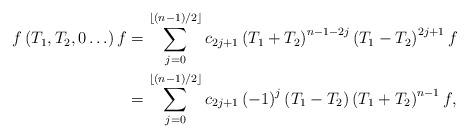
LaTeX: \begin{align*}f\left( T_{1},T_{2},0\ldots\right) f & =\sum_{j=0}^{\left\lfloor \left(n-1\right) /2\right\rfloor }c_{2j+1}\left( T_{1}+T_{2}\right)^{n-1-2j}\left( T_{1}-T_{2}\right) ^{2j+1}f\\& =\sum_{j=0}^{\left\lfloor \left( n-1\right) /2\right\rfloor }c_{2j+1}\left( -1\right) ^{j}\left( T_{1}-T_{2}\right) \left( T_{1}+T_{2}\right) ^{n-1}f,\end{align*}